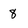
Character: 8